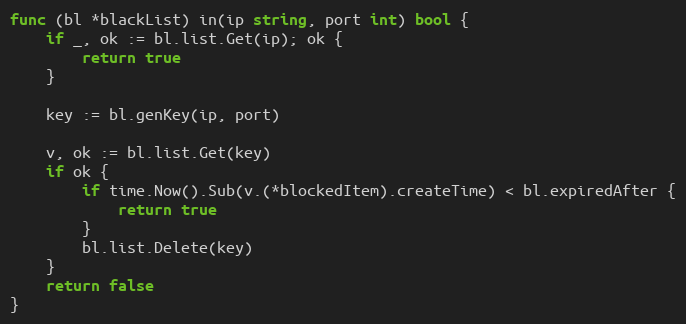
Language: Go
func (bl *blackList) in(ip string, port int) bool {
	if _, ok := bl.list.Get(ip); ok {
		return true
	}

	key := bl.genKey(ip, port)

	v, ok := bl.list.Get(key)
	if ok {
		if time.Now().Sub(v.(*blockedItem).createTime) < bl.expiredAfter {
			return true
		}
		bl.list.Delete(key)
	}
	return false
}